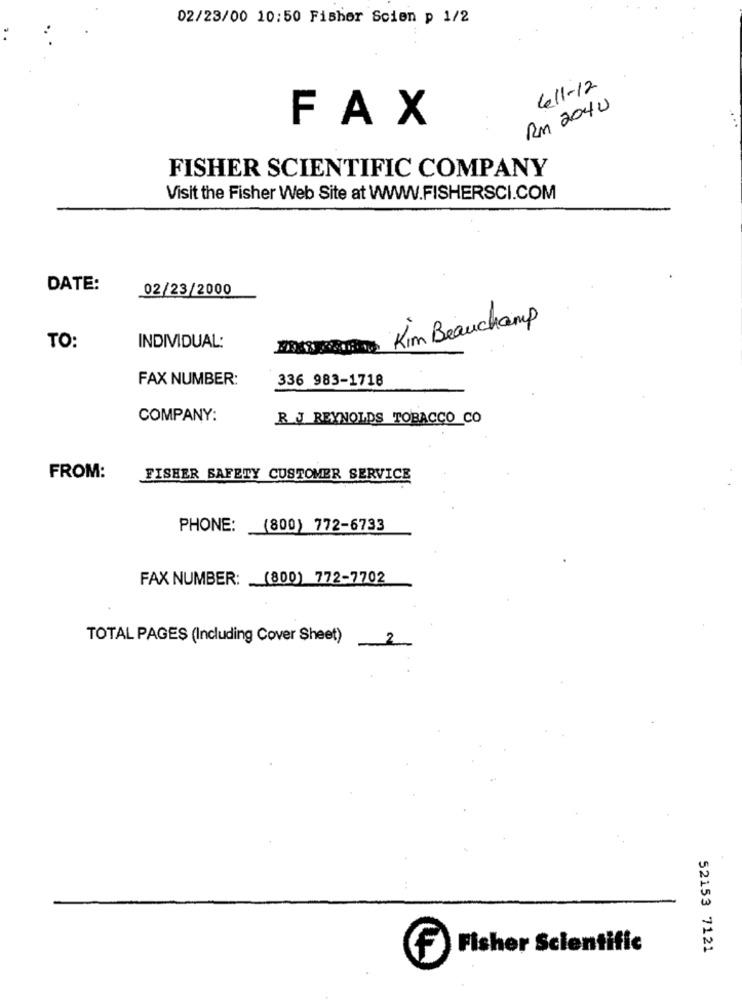
02/23/00 10:50 Fisher Scien p 1/2
6/1-12
RM 2040
FAX
FISHER SCIENTIFIC COMPANY
Visit the Fisher Web Site at WWWW.FISHERSCI.COM
DATE:
02/23/2000
Kim Beauchamp
TO:
INDIVIDUAL:
FAX NUMBER:
336 983-1718
COMPANY:
R J REYNOLDS TOBACCO CO
FROM:
FISHER SAFETY CUSTOMER SERVICE
PHONE:
(800) 772-6733
FAX NUMBER: (800) 772-7702
TOTAL PAGES (Including Cover Sheet)
2
f
Fisher Scientific
52153 7121